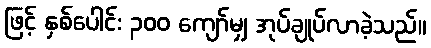
ဖြင့် နှစ်ပေါင်း ၃၀၀ ကျော်မျှ အုပ်ချုပ်လာခဲ့သည်။